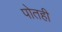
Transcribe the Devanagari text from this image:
पोतही